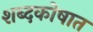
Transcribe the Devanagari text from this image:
शब्दकोषात